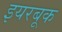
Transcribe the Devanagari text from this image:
इयरबूक